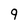
Character: 9